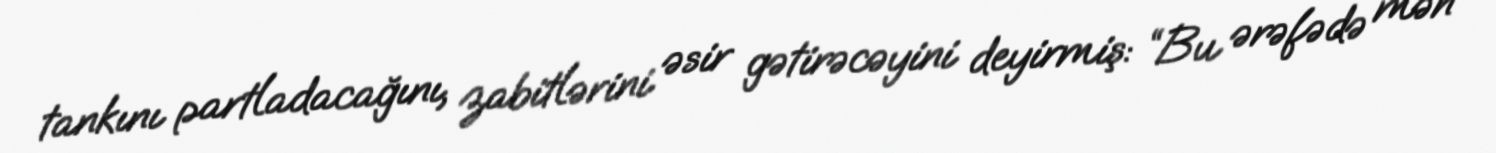
tankını partladacağını, zabitlərini əsir gətirəcəyini deyirmiş: “Bu ərəfədə mən